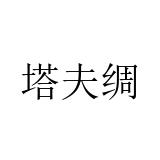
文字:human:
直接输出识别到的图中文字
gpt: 塔夫绸